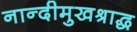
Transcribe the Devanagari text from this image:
नान्दीमुखश्राद्ध